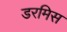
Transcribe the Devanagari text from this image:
डरमिस